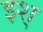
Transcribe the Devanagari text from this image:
इश्